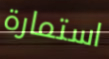
استمارة